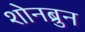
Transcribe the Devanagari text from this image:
शोनब्रुन